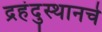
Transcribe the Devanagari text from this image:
द्रहंदुस्थानचे